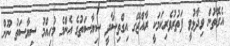
އެގޮތުން ވިދާޅުވީ ފަތުރުވެރިކަމަކީ ރާއްޖޭގެ އިގްތިސާދީ ސިޔާސަތުގެ އެންމެ މުހިއްމު ސިޔާސަތު ނޫން